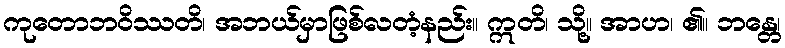
ကုတောဘဝိဿတိ၊ အဘယ်မှာဖြစ်လတံ့နည်း။ ဣတိ၊ သို့။ အာဟ၊ ၏။ ဘန္တေ၊